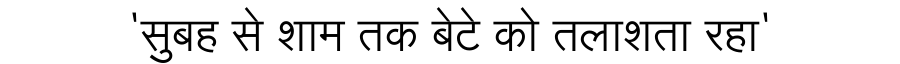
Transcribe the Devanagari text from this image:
'सुबह से शाम तक बेटे को तलाशता रहा'